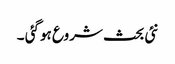
نئی بحث شروع ہوگئی ۔